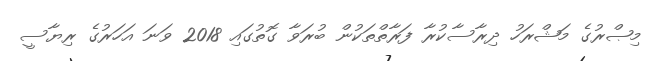
މިޞްރުގެ މަޝްރަހު ދިރާސާކުރާ ފަރާތްތަކުން ބުރަވާ ގޮތުގައި 2018 ވަނަ އަހަރުގެ ރިޔާސީ